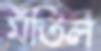
মঁতিল